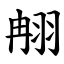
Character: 䎃